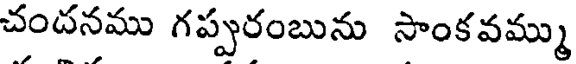
చందనము గప్పురంబును సాంకవమ్ము